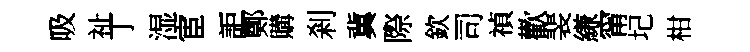
吸祉丁湿宦詎鄭購剎冀際欽司禎歡裴縑甯圮柑